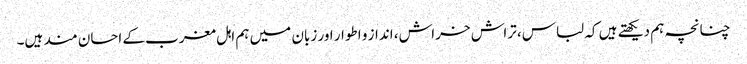
چنانچہ ہم دیکھتے ہیں کہ لباس، تراش خراش، انداز و اطوار اور زبان میں ہم اہل مغرب کے احسان مند ہیں۔